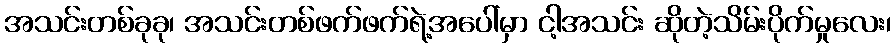
အသင်းတစ်ခုခု၊ အသင်းတစ်ဖက်ဖက်ရဲ့အပေါ်မှာ ငါ့အသင်း ဆိုတဲ့သိမ်းပိုက်မှုလေး၊